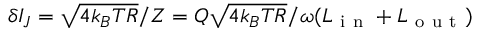
\delta I _ { J } = \sqrt { 4 k _ { B } T R } / Z = Q \sqrt { 4 k _ { B } T R } / \omega ( L _ { \mathrm { ~ i ~ n ~ } } + L _ { \mathrm { ~ o ~ u ~ t ~ } } )